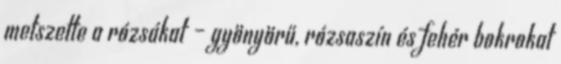
metszette a rózsákat – gyönyörű, rózsaszín és fehér bokrokat